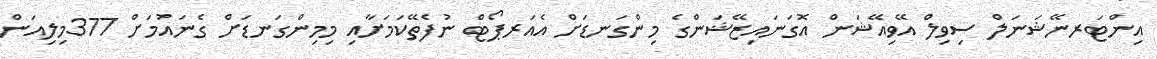
އިންޓަރނޭޝަނަލް ސިވިލް އޭވިއޭޝަން އޮގަނައިޒޭޝަންގެ މިންގަނޑަށް އެއަރޕޯޓް ނުފެތޭކަމަށާއި މިމިންގަނޑަށް ގެނައުމަށް 377މިލިއަން